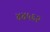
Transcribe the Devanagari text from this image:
४४५६२